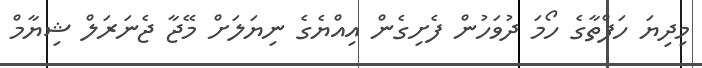
މިދިޔަ ހަފްތާގެ ހޯމަ ދުވަހުން ފެށިގެން އިއްޔެގެ ނިޔަލަށް މޭޖާ ޖެނަރަލް ޝިޔާމް